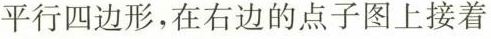
平行四边形，在右边的点子图上接着